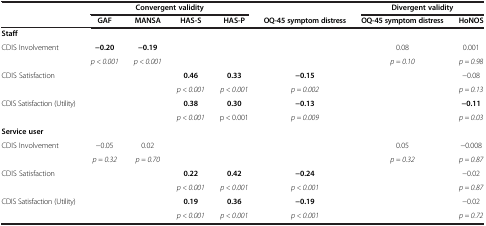
<table><thead><tr><td><b> </b></td><td colspan="4"><b>Convergent validity</b></td><td><b> </b></td><td colspan="2"><b>Divergent validity</b></td></tr><tr><td><b> </b></td><td><b>GAF</b></td><td><b>MANSA</b></td><td><b>HAS-S</b></td><td><b>HAS-P</b></td><td><b>OQ-45 symptom distress</b></td><td><b>OQ-45 symptom distress</b></td><td><b>HoNOS</b></td></tr></thead><tbody><tr><td><b>Staff</b></td><td> </td><td> </td><td> </td><td> </td><td> </td><td> </td><td> </td></tr><tr><td rowspan="2">CDIS Involvement</td><td><b>-0.20</b></td><td><b>-0.19</b></td><td rowspan="2"> </td><td rowspan="2"> </td><td rowspan="2"> </td><td>0.08</td><td>0.001</td></tr><tr><td><i>p &lt; 0.001</i></td><td><i>p &lt; 0.001</i></td><td><i>p = 0.10</i></td><td><i>p = 0.98</i></td></tr><tr><td rowspan="2">CDIS Satisfaction</td><td rowspan="2"> </td><td rowspan="2"> </td><td><b>0.46</b></td><td><b>0.33</b></td><td><b>-0.15</b></td><td rowspan="2"> </td><td>-0.08</td></tr><tr><td><i>p &lt; 0.001</i></td><td><i>p &lt; 0.001</i></td><td><i>p = 0.002</i></td><td><i>p = 0.13</i></td></tr><tr><td rowspan="2">CDIS Satisfaction (Utility)</td><td rowspan="2"> </td><td rowspan="2"> </td><td><b>0.38</b></td><td><b>0.30</b></td><td><b>-0.13</b></td><td rowspan="2"> </td><td><b>-0.11</b></td></tr><tr><td><i>p &lt; 0.001</i></td><td>p &lt; 0.001</td><td><i>p = 0.009</i></td><td><i>p = 0.03</i></td></tr><tr><td><b>Service user</b></td><td> </td><td> </td><td> </td><td> </td><td> </td><td> </td><td> </td></tr><tr><td rowspan="2">CDIS Involvement</td><td>-0.05</td><td>0.02</td><td rowspan="2"> </td><td rowspan="2"> </td><td rowspan="2"> </td><td>0.05</td><td>-0.008</td></tr><tr><td><i>p = 0.32</i></td><td><i>p = 0.70</i></td><td><i>p = 0.32</i></td><td><i>p = 0.87</i></td></tr><tr><td rowspan="2">CDIS Satisfaction</td><td rowspan="2"> </td><td rowspan="2"> </td><td><b>0.22</b></td><td><b>0.42</b></td><td><b>-0.24</b></td><td rowspan="2"> </td><td>-0.02</td></tr><tr><td><i>p &lt; 0.001</i></td><td><i>p &lt; 0.001</i></td><td><i>p &lt; 0.001</i></td><td><i>p = 0.87</i></td></tr><tr><td rowspan="2">CDIS Satisfaction (Utility)</td><td rowspan="2"> </td><td rowspan="2"> </td><td><b>0.19</b></td><td><b>0.36</b></td><td><b>-0.19</b></td><td rowspan="2"> </td><td>-0.02</td></tr><tr><td><i>p &lt; 0.001</i></td><td><i>p &lt; 0.001</i></td><td><i>p &lt; 0.001</i></td><td><i>p = 0.72</i></td></tr></tbody></table>